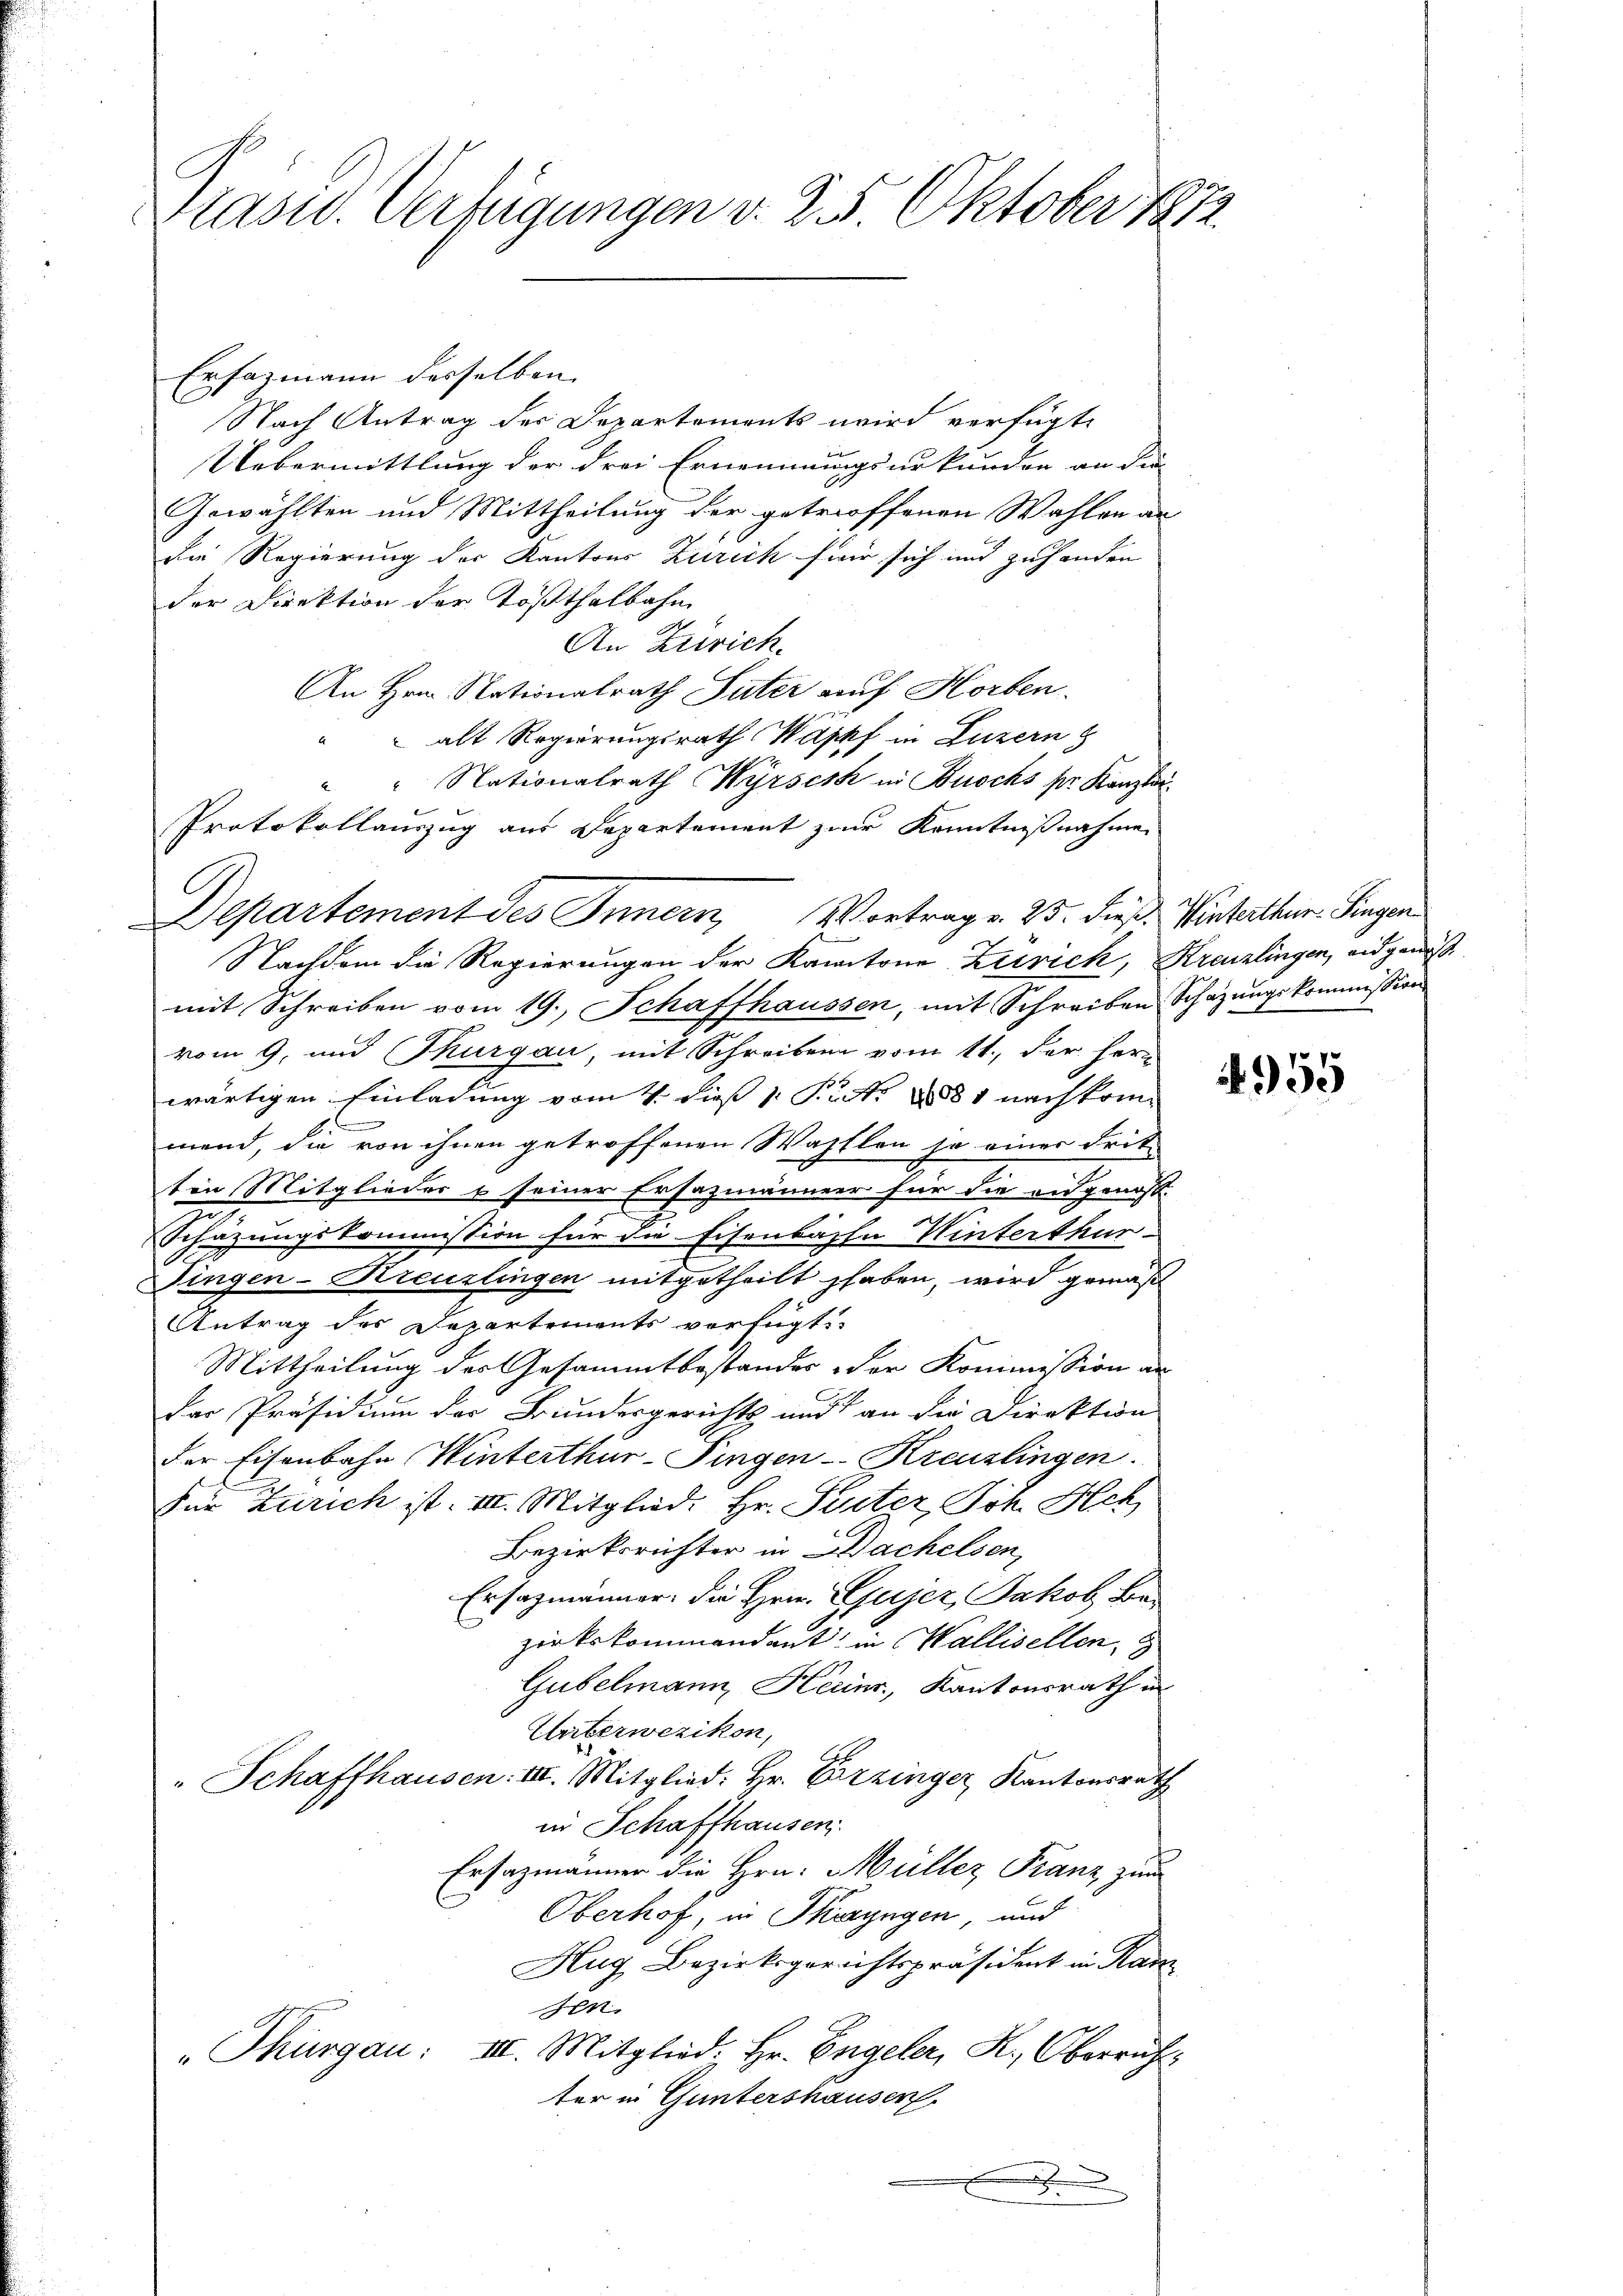
Präsid. Verfügungen v. 25. Oktober 1872.

Ersazmann desselben
Nach Antrag der Departemonts wird verfügt
Uebermittlung der drei Ernennungsurkunden an die
Gewählten und Mittheilung der getroffenen Wahlen an
die Regierung der Kantons Zürich für sich und zuhanden
der Direktion der Tößthalbahn
An Zürich.
An Hrn. Nationalrath Suter auf Horben.
 alt Regierungsrath Wappf in Luzern
A
" Nationalrath Wyrses in Buochs pr. Kanzlei-
Protokollauszug aus Departement zur Kenntnißnahme
Nachdem die Regierungen der Kantone Zutrick, Kreuzlingen, eidgenöß
mit Schreiben vom 19. Schaffhaussen, mit Schreiben Schäzŭngskommission
vom 9. und Thurgau, mit Schreiben vom 11., der Herr
wärtigen Einladung vom 4. dieß 1. Justi 18881 nach kommend, die von ihnen getroffenen Wahlen ja einer Frit-
ten Mitglieder & seiner Ersazmänner für die an genos-
Ich
Schäzungskommission für die Eisenbache Winterthur-
Singen-Kreuzlingen mitgetheilt haben, wird gemäß
Antrag des Departements verfügt:
Mittheilung des Gesammtbestandes der Kommission an
der Präsidium der Bundesgerichts und an die Direktion
der Eisenbahn Winterthur-Fingen-Kreuzlingen.
Für Zürich ist. III. Mitglied. Hr. Seiter, Joh. Hch
Bezirksrichter in Dachelsen,
Ersazmänner, die Hrn. Gujer Jakob Bezirkskommendant in Wallisellen,
Gubelmann, Herin, Kantonsrath in
Unterwezikon,
" Schaffhausen: III. Mitglied: Hr. Erzinger, Kantonsrath
in Schaffhausen
Erfazmänner die Hrn. Müller Franz zum
Oberhof, in Skizyngen, und
Hug Bezirksgerichtspräsident in Kan
sen
"Thurgau: III. Mitglied. Hr. Engeler, K. Oberrich
ter in Guntershausen.
.
x

Departement des Innern, Vortrag v. 23. dieß. Winterthur. Singen

955